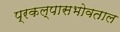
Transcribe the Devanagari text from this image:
प्रकल्पासभोवताल